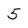
Character: 5